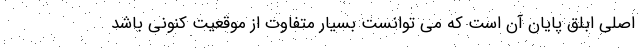
اصلی ابلق پایان آن است که می توانست بسیار متفاوت از موقعیت کنونی باشد